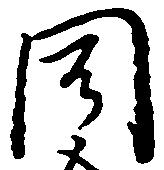
聞